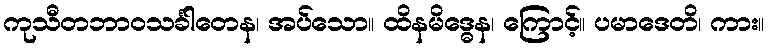
ကုသီတဘာဝသင်္ခါတေန၊ အပ်သော။ ထိနမိဒ္ဓေန၊ ကြောင့်။ ပမာဒေတိ၊ ကား။